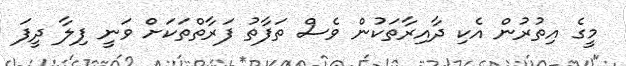
މީގެ އިތުރުން އެކި ދާއިރާތަކުން ވެސް ތަފާތު ފަރާތްތަކަށް ވަނީ ފިލާ ދީފަ